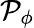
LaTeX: \mathcal{P}_{\phi}